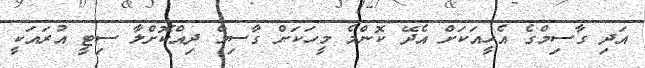
އަދި ގާސިމްގެ އެހީއަކަށް އެދޭ ކޮންމެ މީހަކަށް ގާސިމް ދިއްކޮށްލާ ސިޓީ އުރައަކީ